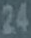
24